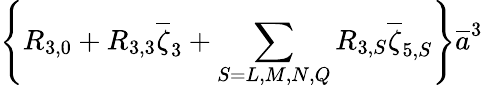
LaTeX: \left\{ R_{3,0}+R_{3,3}\overline{{\zeta}}_{3}+\sum_{S=L,M,N,Q}R_{3,S}\overline{{\zeta}}_{5,S}\right\} \overline{{{a}}}^{3}